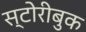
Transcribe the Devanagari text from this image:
स्टोरीबुक